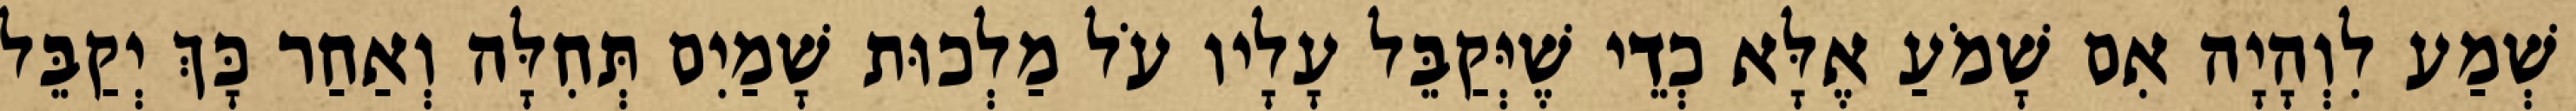
שְׁמַע לִוְהָיָה אִם שָׁמֹעַ אֶלָּא כְדֵי שֶׁיְּקַבֵּל עָלָיו עֹל מַלְכוּת שָׁמַיִם תְּחִלָּה וְאַחַר כָּךְ יְקַבֵּל